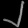
Digit: ၂